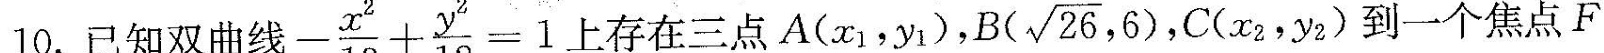
10.已知双曲线 $$- \frac{x^{2}}{13}+ \frac{y^{2}}{12}=1$$ 上存在三点A(x1，y1),$$B( \sqrt{26},6)$$,C(x2，yz)到一个焦点F